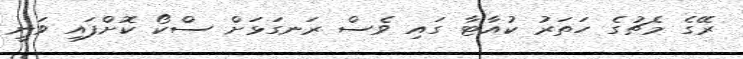
ރޭގެ މެޗުގެ ހަތަރު ކުއާޓާ ގައި ވެސް ރަނގަޅަށް ސްކޯ ކޮށްފައި ވަނީ